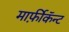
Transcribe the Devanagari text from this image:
मार्फ़ीकॅन्ट